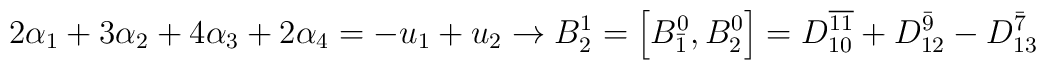
2\alpha _1+3\alpha _2+4\alpha _3+2\alpha _4=-u_1+u_2\rightarrow	B_{2}^1=\left[ B_{\bar1}^0, B_{2}^0	\right]=D_{10}^{\overline{11}}+D_{12}^{\bar9}-D_{13}^{\bar7}